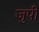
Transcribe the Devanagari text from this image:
जुपी